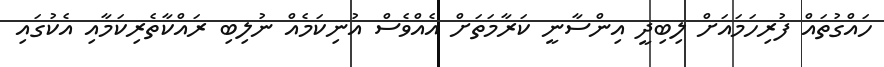
ހައްގުތައް ފުރިހަމައަށް ލިބިދީ އިންސާނީ ކަރާމަތަށް އެއްވެސް އުނިކަމެއް ނުލިބި ރައްކާތެރިކަމާއި އެކުގައި